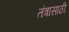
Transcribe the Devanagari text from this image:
तंत्रासाठी